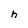
Character: h